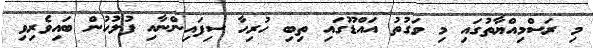
މި ރަސްމިއްޔާތުގައި މި ވަގުތު އައްޑޫގައި ތިބި ހުރިހާ ސިފައިންނާއި ފުލުހުން ބައިވެރިވި